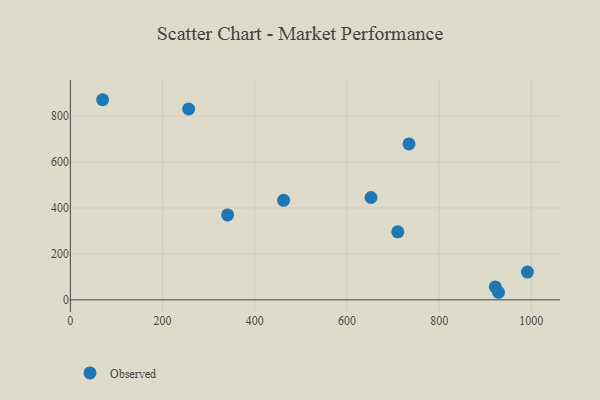
{"axis": {"x": "Ad Spend", "y": "Demand"}, "legend": ["Observed"], "data": [{"x": "991.4", "y": 120.8, "type": "Observed"}, {"x": "734.6", "y": 678.6, "type": "Observed"}, {"x": "256.6", "y": 830.6, "type": "Observed"}, {"x": "70.0", "y": 871.0, "type": "Observed"}, {"x": "341.2", "y": 369.5, "type": "Observed"}, {"x": "652.2", "y": 445.5, "type": "Observed"}, {"x": "921.9", "y": 56.3, "type": "Observed"}, {"x": "928.8", "y": 32.9, "type": "Observed"}, {"x": "710.3", "y": 296.0, "type": "Observed"}, {"x": "462.6", "y": 433.0, "type": "Observed"}]}